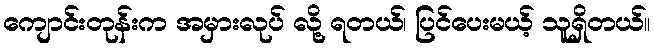
ကျောင်းတုန်းက အမှားလုပ် လို့ ရတယ်၊ ပြင်ပေးမယ့် သူရှိတယ်။